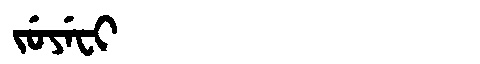
Manchu: ᠵᡠᠶᡝᠸᡳ
Romanization: JUYEFI